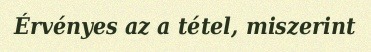
Érvényes az a tétel, miszerint